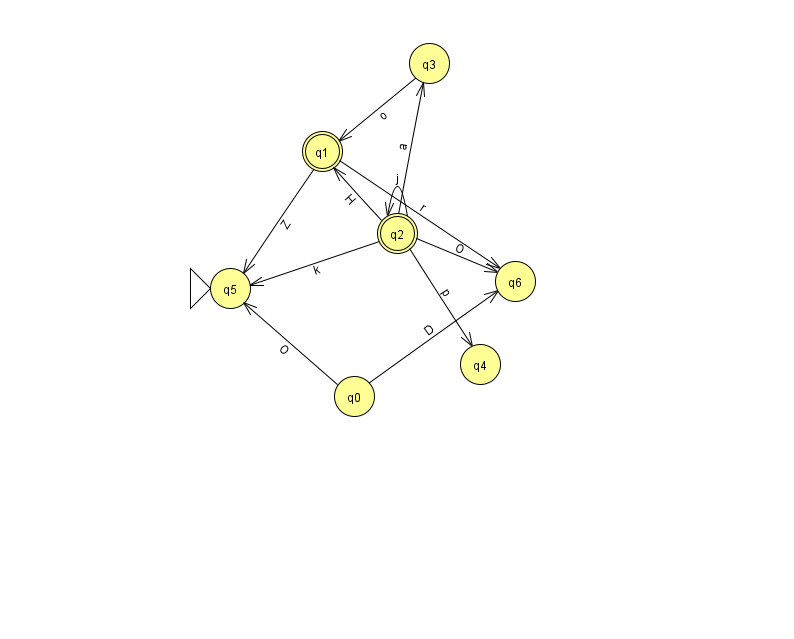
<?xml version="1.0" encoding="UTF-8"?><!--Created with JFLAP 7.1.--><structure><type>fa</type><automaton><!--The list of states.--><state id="0" name="q0"><x>354.0</x><y>383.0</y></state><state id="1" name="q1"><x>322.0</x><y>138.0</y><final/></state><state id="2" name="q2"><x>397.0</x><y>220.0</y><final/></state><state id="3" name="q3"><x>429.0</x><y>50.0</y></state><state id="4" name="q4"><x>480.0</x><y>351.0</y></state><state id="5" name="q5"><x>230.0</x><y>275.0</y><initial/></state><state id="6" name="q6"><x>515.0</x><y>268.0</y></state><!--The list of transitions.--><transition><from>2</from><to>5</to><read>k</read></transition><transition><from>0</from><to>5</to><read>O</read></transition><transition><from>1</from><to>6</to><read>r</read></transition><transition><from>2</from><to>6</to><read>O</read></transition><transition><from>2</from><to>1</to><read>H</read></transition><transition><from>2</from><to>4</to><read>p</read></transition><transition><from>3</from><to>1</to><read>o</read></transition><transition><from>2</from><to>2</to><read>j</read></transition><transition><from>2</from><to>3</to><read>a</read></transition><transition><from>1</from><to>5</to><read>Z</read></transition><transition><from>0</from><to>6</to><read>D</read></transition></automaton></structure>